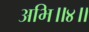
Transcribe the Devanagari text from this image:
अभि॥४॥